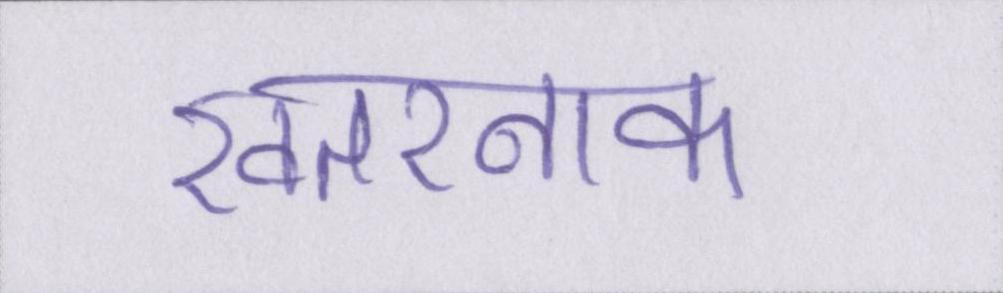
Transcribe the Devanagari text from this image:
खतरनाक